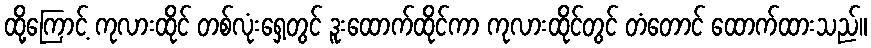
ထို့ကြောင့် ကုလားထိုင် တစ်လုံးရှေ့တွင် ဒူးထောက်ထိုင်ကာ ကုလားထိုင်တွင် တံတောင် ထောက်ထားသည်။